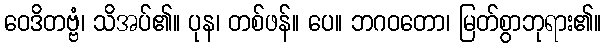
ဝေဒိတဗ္ဗံ၊ သိအပ်၏။ ပုန၊ တစ်ဖန်။ ပေ။ ဘဂဝတော၊ မြတ်စွာဘုရား၏။